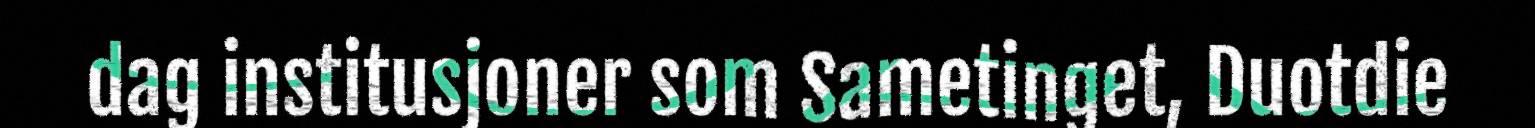
dag institusjoner som Sametinget, Duotdie